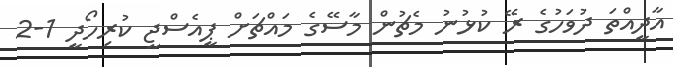
އާދީއްތަ ދުވަހުގެ ރޭ ކުޅުނު މެޗުން މާސޭގެ މައްޗަށް ޕީއެސްޖީ ކުރިހޯދީ 1-2